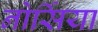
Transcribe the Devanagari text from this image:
नोर्सिया